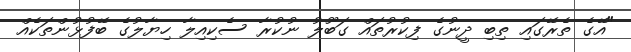
"އޭގެ ތެރޭގައި ތިބި ދީނުގެ ފިކުރުތައް ގަބޫލު ނުކުރާ ސެކިއިލާ ހިޔާލުގެ ބޭފުޅުންތަކެއް